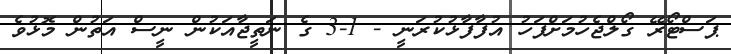
ޕަސްޓޯރޭ ގޯލްޖެހުމަށްފަހު އުފާފާޅުކުރަނީ - 1-3 ގެ ނަތީޖާއަކުން ނީސް އަތުން މޮޅުވެ